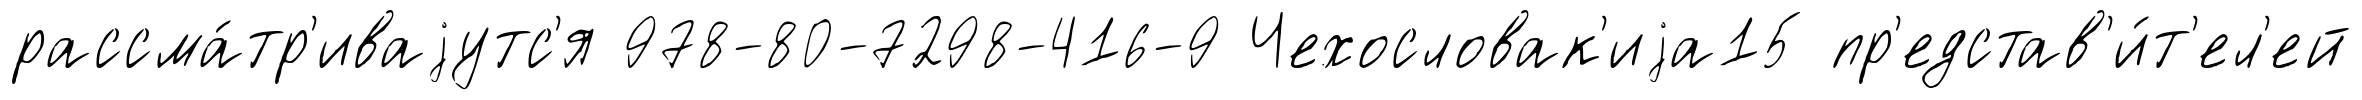
рассма́тр'иваjутс'я 978-80-7298-416-9 Чехословак'иjа15 пр'едстав'и́т'ел'ей